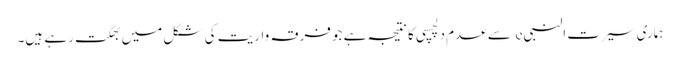
ہماری سیرت النبی e سے عدم دلچسپی کا نتیجہ ہے جو فرقہ واریت کی شکل میں بھگت رہے ہیں۔